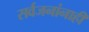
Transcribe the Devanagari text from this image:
सर्वजनांनाही